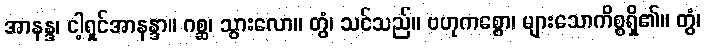
အာနန္ဒ၊ ငါ့ရှင်အာနန္ဒာ။ ဂစ္ဆ၊ သွားလော။ တွံ၊ သင်သည်။ ဗဟုကစ္စော၊ များသောကိစ္စရှိ၏။ တွံ၊